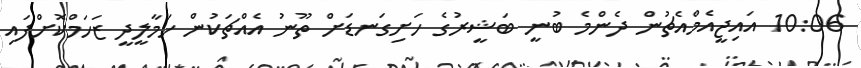
10:06 އައިޖީއެމްއެޗުން ދެންމެ ބުނީ ބަޝީރުގެ ހަށިގަނޑަށް ތޫނު އެއްޗަކުން ހަމާލީދީ ޒަހަމްކޮށްފައި